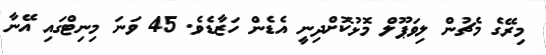
މިރޭގެ މެޗުން ލިވަޕޫލް މޮޅުކޮށްދިނީ އެޑެން ހަޒާޑެވެ. 45 ވަނަ މިނިޓްގައި އޭނާ